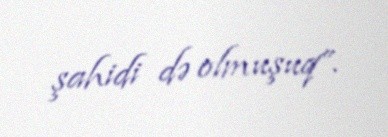
şahidi də olmuşuq”.